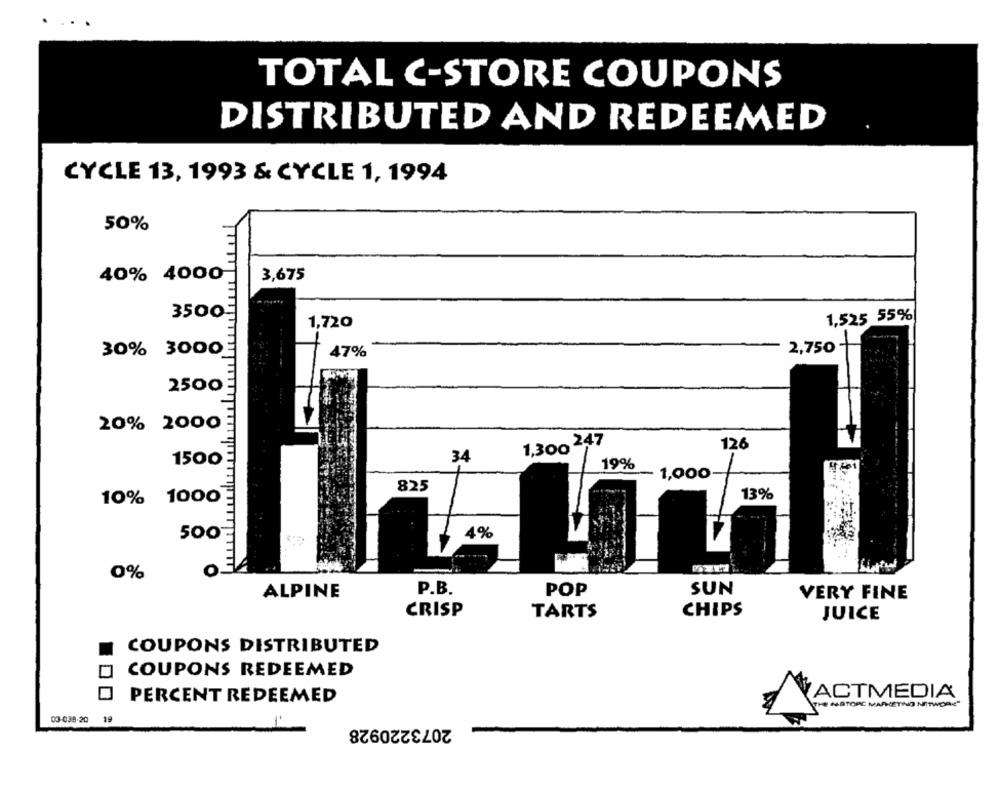
TOTAL C-STORE COUPONS
DISTRIBUTED AND REDEEMED
CYCLE 13, 1993 & CYCLE 1, 1994
50%
40% 4000
3,675
Paste
3500
1,525 55%
1,720
2,750
30% 3000
47%
2500
TTTT
20% 2000
1,300 247
126
34
-
1500
19%
- 1,000-
825
13%
10% 1000
500
4%
O
0%
ALPINE
P.B.
POP
SUN
VERY FINE
CRISP
TARTS
CHIPS
JUICE
COUPONS DISTRIBUTED
COUPONS REDEEMED
ACTMEDIA
PERCENT REDEEMED
HE MATOSE MARKETING NETWORK
03-038-20
2073220928